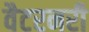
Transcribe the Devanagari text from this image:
वैटरनरी